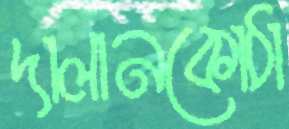
দালানকোঠা